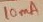
Text: 10mA